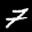
Label: 7